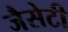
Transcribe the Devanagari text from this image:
जैसेटी